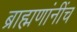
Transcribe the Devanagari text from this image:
ब्राह्मणांनींच